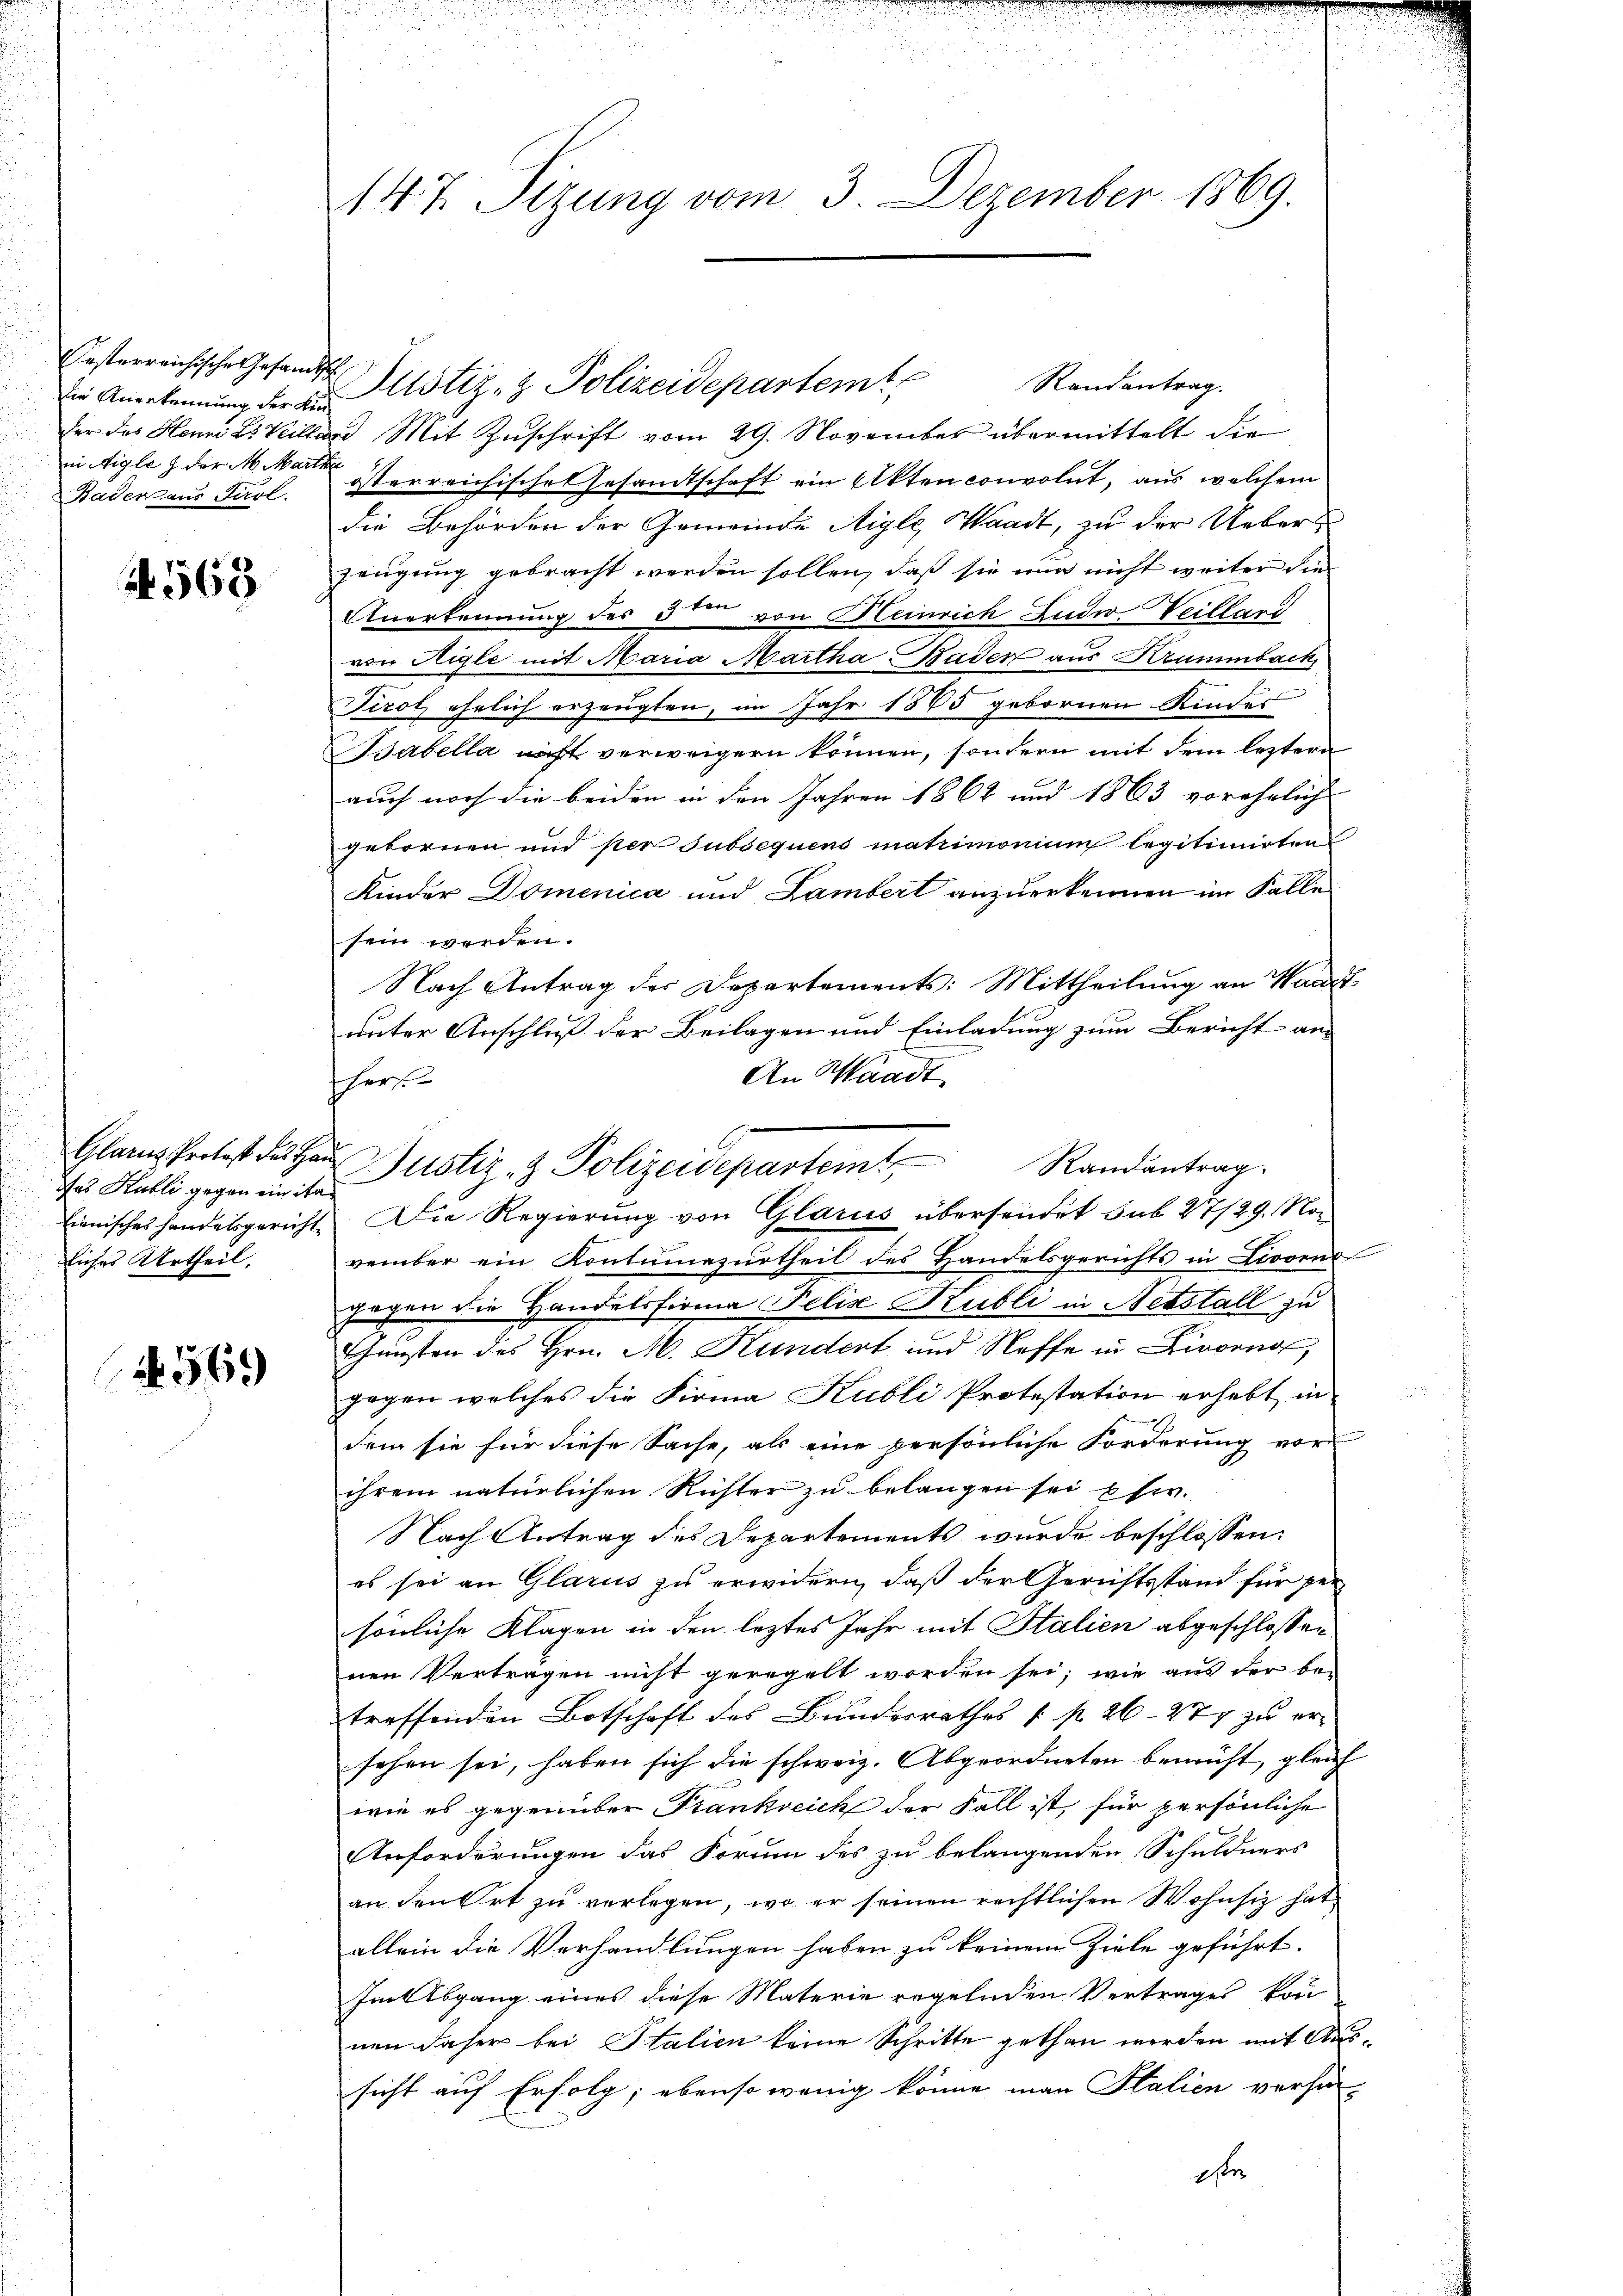
Ersterreichische Gesandt
die Angekennung der Ki
fer des Henni l. Veile
in Aigle & der M. Mari
Baderaus Tirol.

563

Das Kubli gegen ein italiches Urtheil.

1569

147. Sizung vom 3. Dezember 1869.

Randantrag.
Justiz- & Polizeidepartem
und Mit Zuschrift vom 29. November übermittelt die
u
österreichische Gesandtschaft ein Akten convolut, aus welchem
die Behörden der Gemeinde Aigle, Waadt, zu der Ueberzeugung gebracht werden sollen, daß sie nur nicht weiter die
Anerkennung des d von Heinrich Ludwv Veillard
von Aigle mit Maria Martha Baden aus Krummbach,
Tirol ähnlich erzeugten, im Jahr 1865 gebornen Kinder
abella nicht verweigern können, sondern mit dem leztern
auch noch die beiden in den Jahren 1862 und 1863 vorehelich |
gebornen und per subsequens matrimonium legitimirten
Kinder Domenica und Lambert anzuerkennen im Falle
sein werden.
Nach Antrag der Departements: Mittheilung an Waadt
unter Anschluß der Beilagen und Einladung zum Bericht an
An Waadt
sher
e
lienisches Handelsgericht. Die Regierung von Glarus übersendet sub 27/29. November ein Kontumazurtheil des Handelsgerichts in Liegens
gegen die Handelsfirma Felix Publi in Nebstall zu
Günsten des Hrn. M. Kundert und Neffe in Livorno,
gegen welches die Firma Kubli Protestation erhebt in
dem sie für diese Sache, als eine persönliche Forderung vor
ihrem natürlichen Richter zu belangen sei usw.
Nach Antrag des Departements wurde beschlossen:
es sei an Glarus zu erwidern, daß der Gerichtsstand für ge-
sönliche Klagen in den letztes Jahr mit Italien abgeschlossen.
nen Vertragen nicht geregelt worden sei; wie aus der be-
treffenden Botschaft des Bunderrathes [ p. 26 277 zu ersehen sei, haben sich die schweiz. Abgeordneten beruht, gleich
wie es gegenüber Frankreich der Fall ist, für persönliche
Anforderungen das Forum des zu belangenden Schuldners
an den Ort zu verlegen, wo er seinen rechtlichen Wohnsiz hat
allein die Verhandlungen haben zu keinem Ziele geführt.
Im Abgang eines diese Materie regelnden Vertrages kon
nen daher bei Stalien keine Schritte gethan werden mit Aussicht auf Erfolg; ebenso wenig könne man Italien versi-
se

Glarus Protest des Haŭ Justiz- & Polizeideparteint, Randantrag.